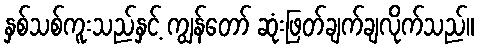
နှစ်သစ်ကူးသည်နှင့် ကျွန်တော် ဆုံးဖြတ်ချက်ချလိုက်သည်။